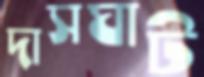
দাসঘাট